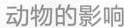
动物的影响